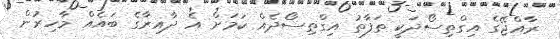
ރާއްޖޭގެ އިގްތިސޯދަކީ ތަފާތު އިގްތިސޯދެއް ކަމަށް އެ ދާއިރާގެ ބައެއް މާހިރުން